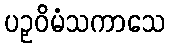
ပဉှဝိမံသကာသေ